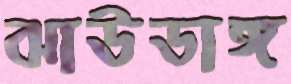
ঝাউডাঙ্গ